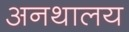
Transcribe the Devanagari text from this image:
अनथालय